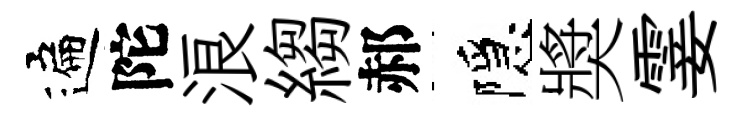
遍陀浪縐郝隱奬霎